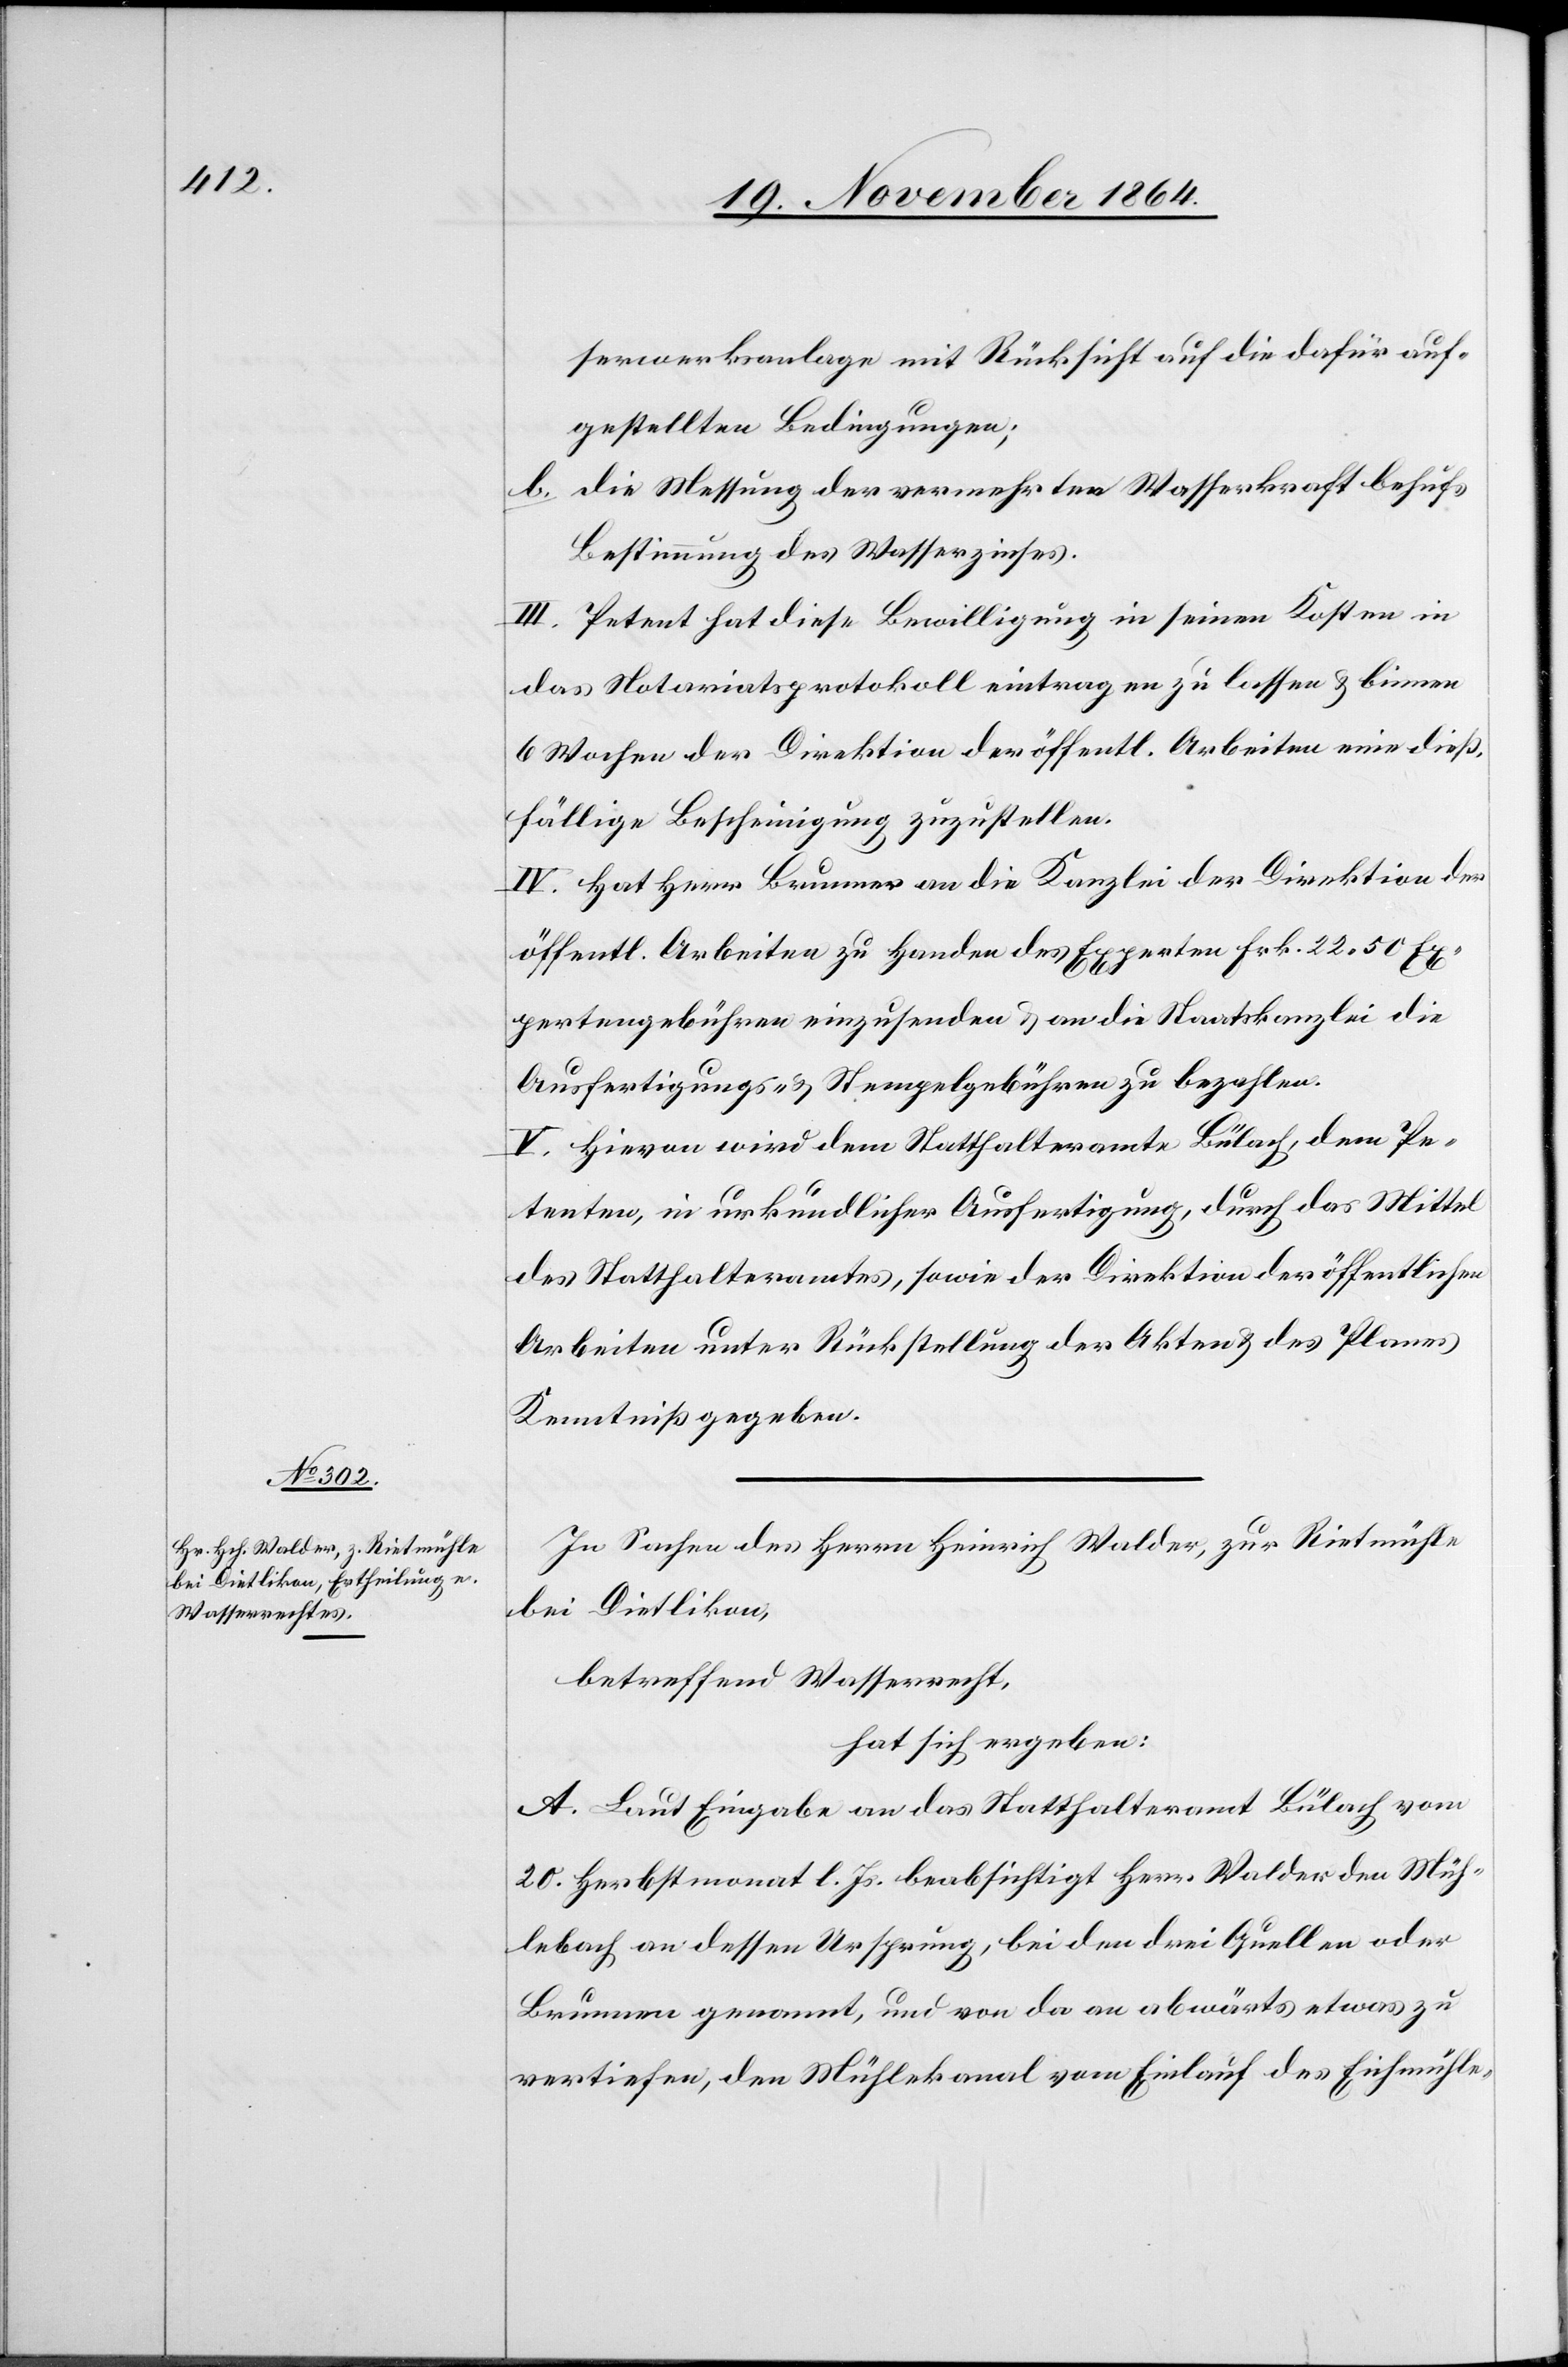
serwerksanlage mit Rücksicht auf die dafür auf¬
gestellten Bedingungen;
b. die Messung der vermehrten Wasserkraft behufs
Bestimmung des Wasserzinses.
III. Petent hat diese Bewilligung in seinen Kosten in
das Notariatsprotokoll eintragen zu lassen & binnen
6 Wochen der Direktion der öffentl. Arbeiten eine dieß¬
fällige Bescheinigung zuzustellen.
IV. Hat Herr Brunner an die Kanzlei der Direktion der
öffentl. Arbeiten zu Handen des Experten Frk. 22.50 Ex¬
pertengebühren einzusenden & an die Staatskanzlei die
Ausfertigungs- & Stempelgebühren zu bezahlen.
V. Hievon wird dem Statthalteramte Bülach, dem Pe¬
tenten, in urkundlicher Ausfertigung, durch das Mittel
des Statthalteramtes, sowie der Direktion der öffentlichen
Arbeiten unter Rückstellung der Akten & des Planes
Kenntniß gegeben.
In Sachen des Herrn Heinrich Walder, zur Rietmühle
bei Dietlikon,
betreffend Wasserrecht
hat sich ergeben:
A. Laut Eingabe an das Statthalteramt Bülach vom
20. Herbstmonat l. Js. beabsichtigt Herr Walder den Müh¬
lebach an dessen Ursprung, bei den drei Quellen oder
Brunnen genannt, und von da an abwärts etwas zu
vertiefen, den Mühlekanal vom Einlauf des Eichmühle-